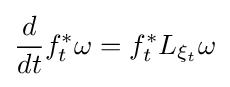
{\frac {d}{dt}}f_{t}^{*}\omega =f_{t}^{*}L_{\xi _{t}}\omega